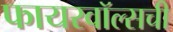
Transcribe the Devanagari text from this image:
फायरवॉल्सची